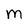
Character: m